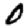
Digit: 0